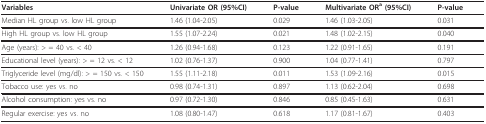
<table><thead><tr><td><b>Variables </b></td><td><b>Univariate OR (95%CI)</b></td><td><b>P-value </b></td><td><b>Multivariate OR<sup>a </sup>(95%CI)</b></td><td><b>P-value</b></td></tr></thead><tbody><tr><td>Median HL group vs. low HL group</td><td>1.46 (1.04-2.05)</td><td>0.029</td><td>1.46 (1.03-2.05)</td><td>0.031</td></tr><tr><td>High HL group vs. low HL group</td><td>1.55 (1.07-2.24)</td><td>0.021</td><td>1.48 (1.02-2.15)</td><td>0.040</td></tr><tr><td>Age (years): &gt; = 40 vs. &lt; 40</td><td>1.26 (0.94-1.68)</td><td>0.123</td><td>1.22 (0.91-1.65)</td><td>0.191</td></tr><tr><td>Educational level (years): &gt; = 12 vs. &lt; 12</td><td>1.02 (0.76-1.37)</td><td>0.900</td><td>1.04 (0.77-1.41)</td><td>0.797</td></tr><tr><td>Triglyceride level (mg/dl): &gt; = 150 vs. &lt; 150</td><td>1.55 (1.11-2.18)</td><td>0.011</td><td>1.53 (1.09-2.16)</td><td>0.015</td></tr><tr><td>Tobacco use: yes vs. no</td><td>0.98 (0.74-1.31)</td><td>0.897</td><td>1.13 (0.62-2.04)</td><td>0.698</td></tr><tr><td>Alcohol consumption: yes vs. no</td><td>0.97 (0.72-1.30)</td><td>0.846</td><td>0.85 (0.45-1.63)</td><td>0.631</td></tr><tr><td>Regular exercise: yes vs. no</td><td>1.08 (0.80-1.47)</td><td>0.618</td><td>1.17 (0.81-1.67)</td><td>0.403</td></tr></tbody></table>